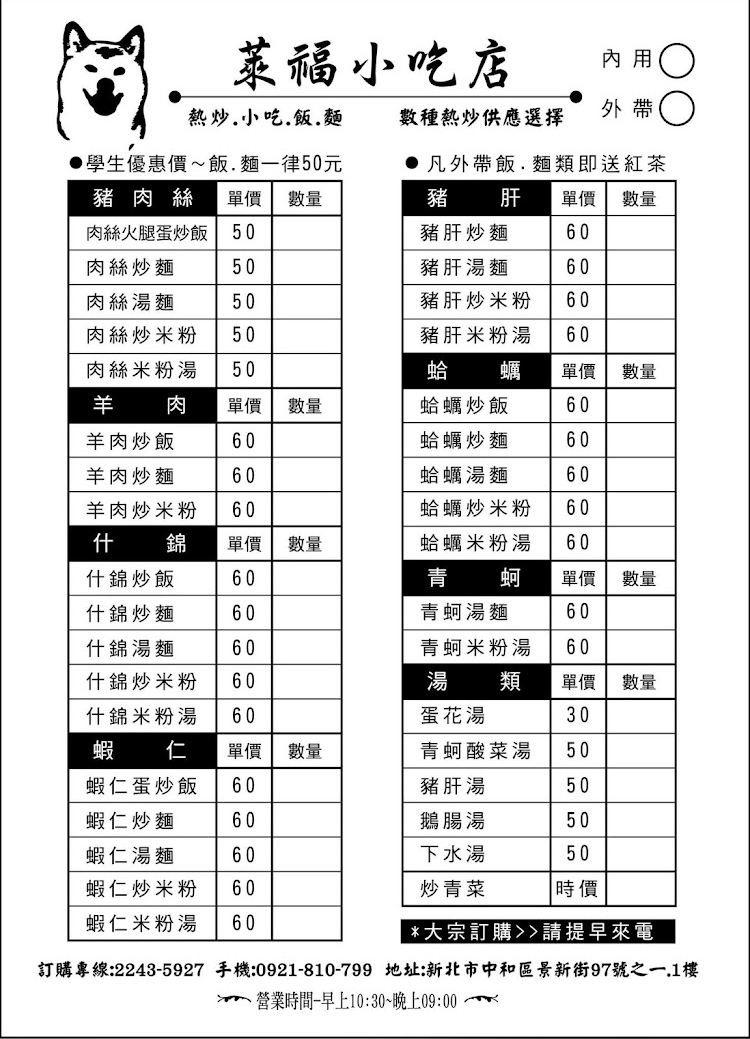
餐廳：蒸福小吃店
地址：新北市中和區景新街97號之一.1樓
電話：2243-5927,0921-810-799
營業時間：早上10:30~晚上09:00
菜單：
name: 肉絲火腿蛋炒飯
price: 50
name: 肉絲炒麵
price: 50
name: 肉絲湯麵
price: 50
name: 肉絲炒米粉
price: 50
name: 肉絲米粉湯
price: 50
name: 羊肉炒飯
price: 60
name: 羊肉炒麵
price: 60
name: 羊肉炒米粉
price: 60
name: 什錦炒飯
price: 60
name: 什錦炒麵
price: 60
name: 什錦湯麵
price: 60
name: 什錦炒米粉
price: 60
name: 什錦米粉湯
price: 60
name: 蝦仁蛋炒飯
price: 60
name: 蝦仁炒麵
price: 60
name: 蝦仁湯麵
price: 60
name: 蝦仁炒米粉
price: 60
name: 蝦仁米粉湯
price: 60
name: 豬肝炒麵
price: 60
name: 豬肝湯麵
price: 60
name: 豬肝炒米粉
price: 60
name: 豬肝米粉湯
price: 60
name: 蛤蠣炒飯
price: 60
name: 蛤蠣炒麵
price: 60
name: 蛤蠣湯麵
price: 60
name: 蛤蠣炒米粉
price: 60
name: 蛤蠣米粉湯
price: 60
name: 青蚵湯麵
price: 60
name: 青蚵米粉湯
price: 60
name: 蛋花湯
price: 30
name: 青蚵酸菜湯
price: 50
name: 豬肝湯
price: 50
name: 鵝腸湯
price: 50
name: 下水湯
price: 50
name: 炒青菜
price: -1